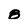
Character: 8